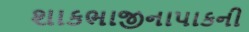
શાકભાજીનાપાકની